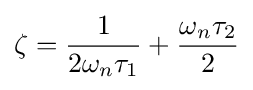
\zeta ={\frac {1}{2\omega _{n}\tau _{1}}}+{\frac {\omega _{n}\tau _{2}}{2}}